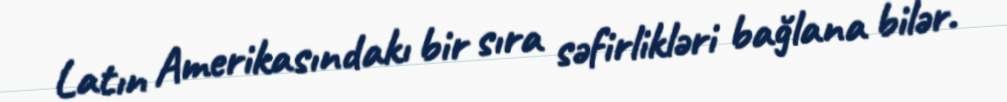
Latın Amerikasındakı bir sıra səfirlikləri bağlana bilər.